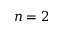
n = 2